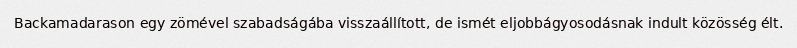
Backamadarason egy zömével szabadságába visszaállított, de ismét eljobbágyosodásnak indult közösség élt.